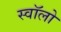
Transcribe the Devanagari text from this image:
स्वॉलो